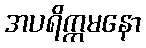
အပရိက္ကမနော